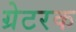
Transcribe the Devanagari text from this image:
ग्रेटरक